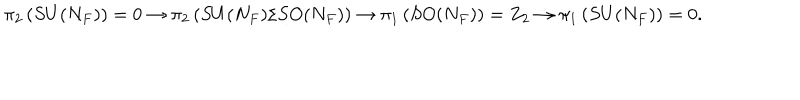
LaTeX: \pi _ { 2 } \left( S U ( { N _ { F } } ) \right) = 0 \rightarrow \pi _ { 2 } \left( S U ( { N _ { F } } ) / S O ( { N _ { F } } ) \right) \rightarrow \pi _ { 1 } \left( S O ( { N _ { F } } ) \right) = Z _ { 2 } \rightarrow \pi _ { 1 } \left( S U ( { N _ { F } } ) \right) = 0 .